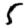
Digit: 5